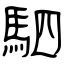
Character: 駟